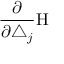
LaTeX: \frac \partial { \partial \triangle _ { j } } \mathrm { H }